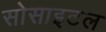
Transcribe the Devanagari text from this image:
सोसाइटल